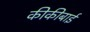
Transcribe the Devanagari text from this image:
कीकीबाई